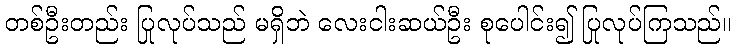
တစ်ဦးတည်း ပြုလုပ်သည် မရှိဘဲ လေးငါးဆယ်ဦး စုပေါင်း၍ ပြုလုပ်ကြသည်။